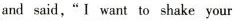
and said,"I want to shake your